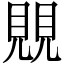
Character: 覞